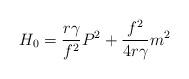
LaTeX: \begin{align*}H_0= \frac{r{\gamma}}{f^2} P^2 + \frac{f^2}{4r{\gamma}} m^2\end{align*}